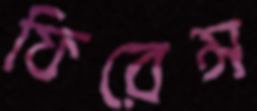
ফিরেন্স